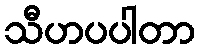
သီဟပပါတာ